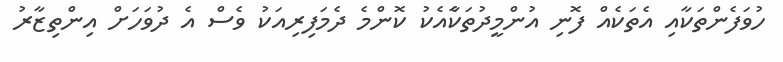
ހުވަފެންތަކާއި އެތަކެއް ފޮނި އުންމީދުތަކާެއެކު ކޮންމެ ދެމަފިރިއަކު ވެސް އެ ދުވަހަށް އިންތިޒާރު